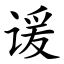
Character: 谖